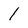
Character: 1